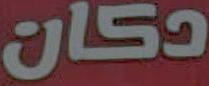
دكان